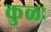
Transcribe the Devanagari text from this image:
कुळः